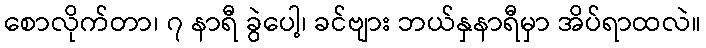
စောလိုက်တာ၊ ၇ နာရီ ခွဲပေါ့၊ ခင်ဗျား ဘယ်နှနာရီမှာ အိပ်ရာထလဲ။